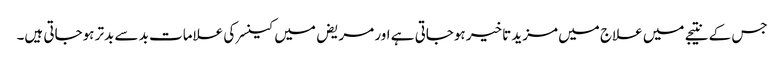
جس کے نتیجے میں علاج میں مزید تاخیر ہوجاتی ہے اور مریض میں کینسر کی علامات بد سے بدتر ہوجاتی ہیں۔